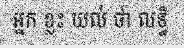
អ្នក ខ្លះ យល់ ថា លទ្ធិ